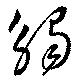
触